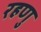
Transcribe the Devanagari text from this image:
रहणु